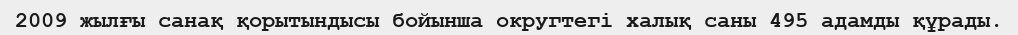
2009 жылғы санақ қорытындысы бойынша округтегі халық саны 495 адамды құрады.